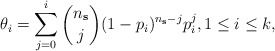
\begin{align*}\theta_i = \sum_{j=0}^{i} \binom{n_{\mathbf{s}}}{j} (1-p_i)^{n_{\mathbf{s}}-j} p_i^{j}, 1\leq i\leq k,\end{align*}